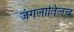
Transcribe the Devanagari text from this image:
जंगलातिलच